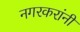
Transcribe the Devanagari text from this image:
नगरकरांनी